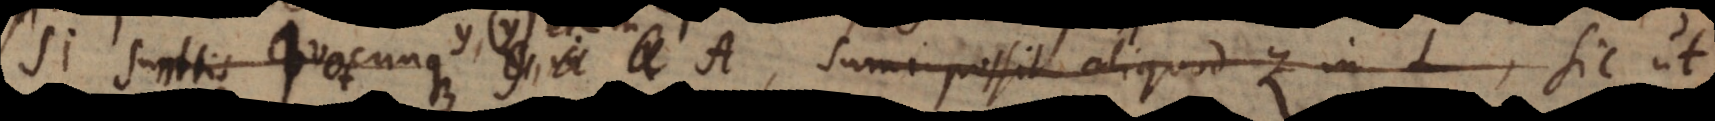
si sumto quocunque y, in A, sumi possit aliquod z in L, sic ut